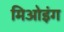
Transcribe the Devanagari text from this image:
मिओइंग